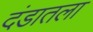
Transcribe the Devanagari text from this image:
दंडातला